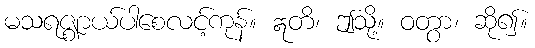
မသရဇ္ဈာယ်ပါစေလင့်ကုန်။ ဣတိ၊ ဤသို့။ ဝတွာ၊ ဆို၍။